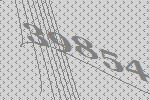
39854